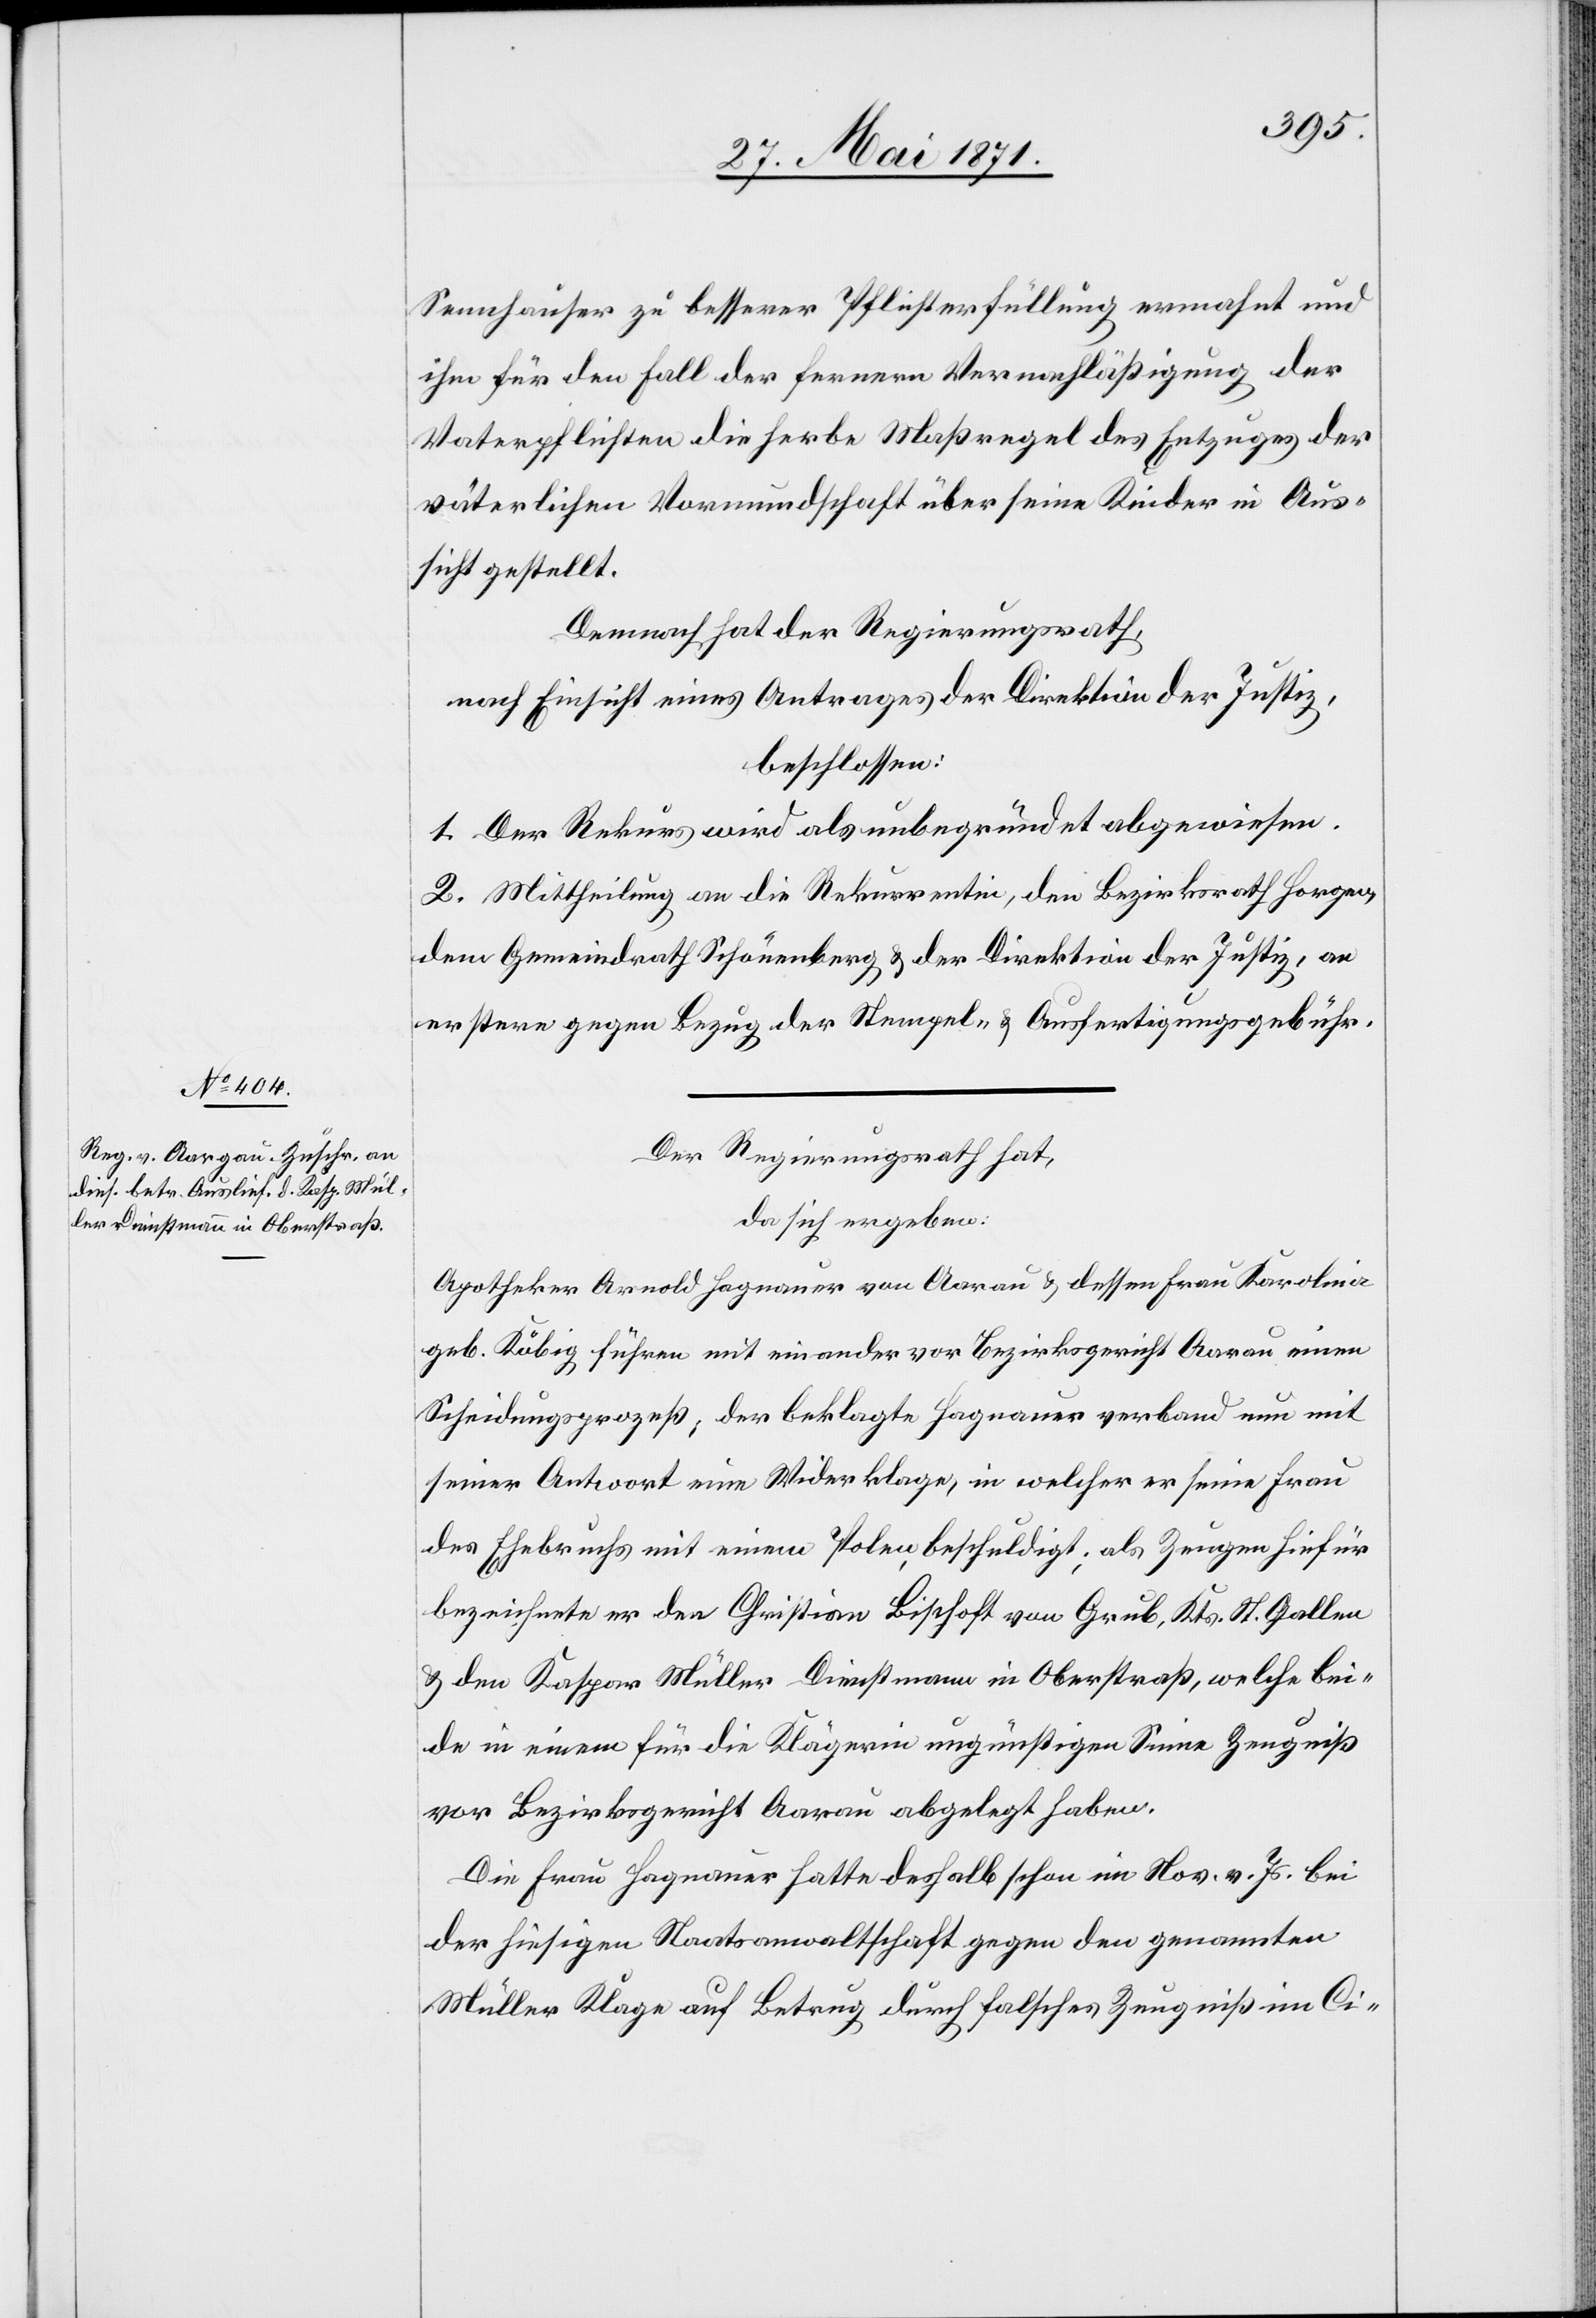
Sennhauser zu besserer Pflichterfüllung ermahnt und
ihn für den Fall der fernern Vernachläßigung der
Vaterpflichten die herbe Maßregel des Entzuges der
väterlichen Vormundschaft über seine Kinder in Aus¬
sicht gestellt.
Demnach hat der Regierungsrath,
nach Einsicht eines Antrages der Direktion der Justiz,
beschlossen:
1. Der Rekurs wird als unbegründet abgewiesen.
2. Mittheilung an die Rekurrentin, den Bezirksrath Horgen,
den Gemeindrath Schönenberg u. der Direktion der Justiz, an
erstere gegen Bezug der Stempel- u. Ausfertigungsgebühr.
Der Regierungsrath hat,
da sich ergeben:
Apotheker Arnold Hagnauer von Aarau u. dessen Frau Karolina
geb. Köbig führen mit einander vor Bezirksgericht Aarau einen
Scheidungsprozeß, der beklagte Hagnauer verband nun mit
seiner Antwort eine Widerklage, in welcher er seine Frau
des Ehebruchs mit einem Polen beschuldigt; als Zeugen hiefür
bezeichnete er den Christian Bischoft von Grub, Kts. St. Gallen
u. den Kaspar Müller Dienstmann in Oberstraß, welche bei¬
de in einem für die Klägerin ungünstigen Sinne Zeugniß
vor Bezirksgericht Aarau abgelegt haben.
Die Frau Hagnauer hatte deshalb schon im Nov. v. Js. bei
der hiesigen Staatsanwaltschaft gegen den genannten
Müller Klage auf Betrug durch falsches Zeugniß im Ci-